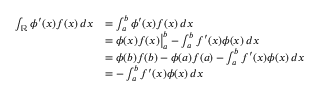
{ \begin{array} { r l } { \int _ { \mathbb { R } } \phi ^ { \prime } ( x ) f ( x ) \, d x } & { = \int _ { a } ^ { b } \phi ^ { \prime } ( x ) f ( x ) \, d x } \\ & { = \phi ( x ) f ( x ) { \big \vert } _ { a } ^ { b } - \int _ { a } ^ { b } f ^ { \prime } ( x ) \phi ( x ) \, d x } \\ & { = \phi ( b ) f ( b ) - \phi ( a ) f ( a ) - \int _ { a } ^ { b } f ^ { \prime } ( x ) \phi ( x ) \, d x } \\ & { = - \int _ { a } ^ { b } f ^ { \prime } ( x ) \phi ( x ) \, d x } \end{array} }